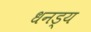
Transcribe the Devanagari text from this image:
धनड्य